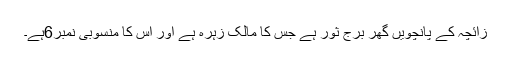
زائچہ کے پانچویں گھر برج ثور ہے جس کا مالک زہرہ ہے اور اس کا منسوبی نمبر6ہے۔